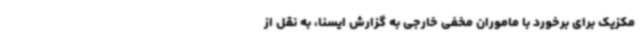
مکزیک برای برخورد با ماموران مخفی خارجی به گزارش ایسنا، به نقل از